Indian journal of veterinary science and animal husbandry - Volume 11,
Year: 1941
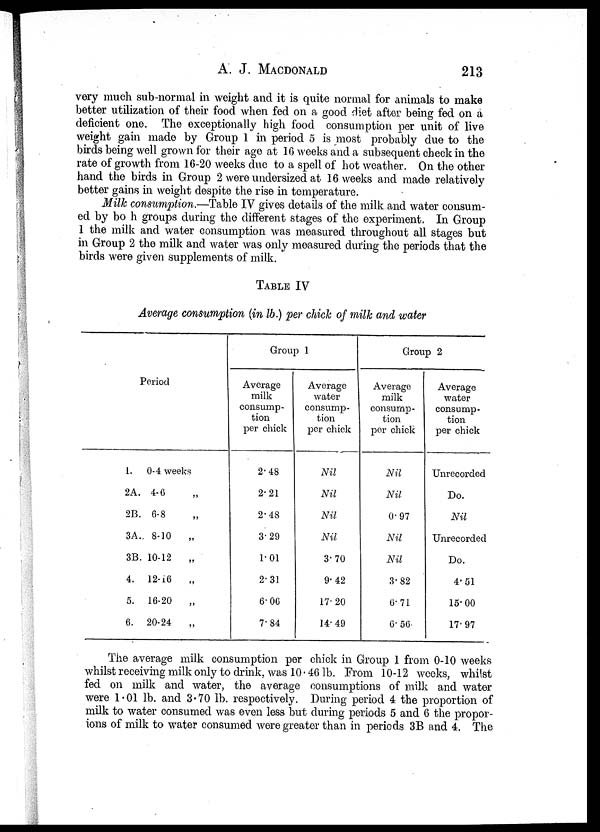
A. J. MACDONALD 213
very much sub-normal in weight and it is quite normal for animals to make
better utilization of their food when fed on a good diet after being fed on a
deficient one. The exceptionally high food consumption per unit of live
weight gain made by Group 1 in period 5 is most probably due to the
birds being well grown for their age at 16 weeks and a subsequent check in the
rate of growth from 16-20 weeks due to a spell of hot weather. On the other
hand the birds in Group 2 were undersized at 16 weeks and made relatively
better gains in weight despite the rise in temperature.
Milk consumption.—Table IV gives details of the milk and water consum-
ed by bo h groups during the different stages of the experiment. In Group
1 the milk and water consumption was measured throughout all stages but
in Group 2 the milk and water was only measured during the periods that the
birds were given supplements of milk.
TABLE IV
Average consumption (in lb.) per chick of milk and water
Period
1. 0-4 weeks
2A. 4-6 „
2B. 6-8 „
3A. 8-10
„
3B. 10-12
„
4. 12-16 „
5. 16-20 „
6. 20-24 „
Group 1
Average
milk
consump-
tion
per chick
2.48
2.21
2.48
3.29
1.01
2.31
6.06
7.84
Average
water
consump¬
tion
per chick
Nil
Nil
Nil
Nil
3.70
9.42
17.20
14.49
Group 2
Average
milk
consump-
tion
per chick
Nil
Nil
0.97
Nil
Nil
3.82
6.71
6.56.
Average
water
consump-
tion
per chick
Unrecorded
Do.
Nil
Unrecorded
Do.
4.51
15.00
17.97
The average milk consumption per chick in Group 1 from 0-10 weeks
whilst receiving milk only to drink, was 10.46 lb. From 10-12 weeks, whilst
fed on milk and water, the average consumptions of milk and water
were 1.01 lb. and 3.70 lb. respectively. During period 4 the proportion of
milk to water consumed was even less but during periods 5 and 6 the propor¬
ions of milk to water consumed were greater than in periods 3B and 4. The